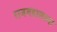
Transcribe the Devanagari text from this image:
राजमहालाला